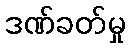
ဒဏ်ခတ်မှု